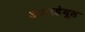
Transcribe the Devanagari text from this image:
अमाडेयूस